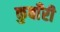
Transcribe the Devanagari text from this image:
कुवाँरी